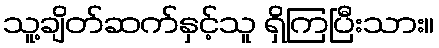
သူ့ချိတ်ဆက်နှင့်သူ ရှိကြပြီးသား။